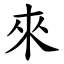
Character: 來